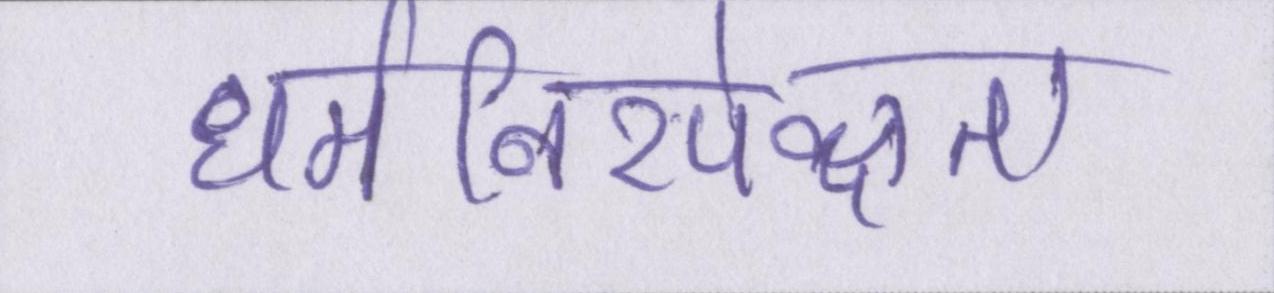
धर्मनिरपेक्षता